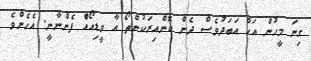
ގިނަ މީހުން އަހާ އަބަދުވެސް ދެން ކޮންއިރަކުންތޯ އާ ވީޑިއޯއެް ފެންނާނީ. އެހެންވެ